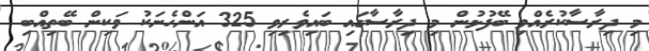
މި ދިރާސާކުރެއްވި ބޭފުޅުން މި ދިރާސާގައި ބައިވެރިވި 325 އަންހެނަކު ވަކިން ބޭތިއްބި